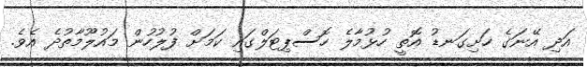
އަދި އޭނަގެ ހަށިގަނޑު އޮތީ ހުޅުމާލެ ހޮސްޕިޓަލްގައި ކަމަށް ފުލުހުން މައުލޫމާތުދެ އެވެ.